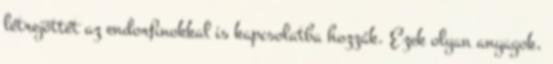
létrejöttét az endorfinokkal is kapcsolatba hozzák. Ezek olyan anyagok,